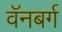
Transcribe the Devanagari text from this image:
वॅनबर्ग